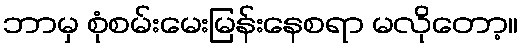
ဘာမှ စုံစမ်းမေးမြန်းနေစရာ မလိုတော့။